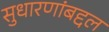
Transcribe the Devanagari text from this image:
सुधारणांबद्दल